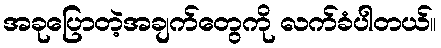
အခုပြောတဲ့အချက်တွေကို လက်ခံပါတယ်။